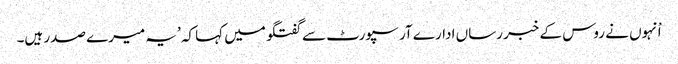
اْنہوں نے روس کے خبر رساں ادارے آر سپورٹ سے گفتگو میں کہا کہ ’یہ میرے صدر ہیں۔